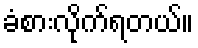
ခံစားလိုက်ရတယ်။